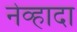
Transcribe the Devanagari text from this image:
नेव्हादा